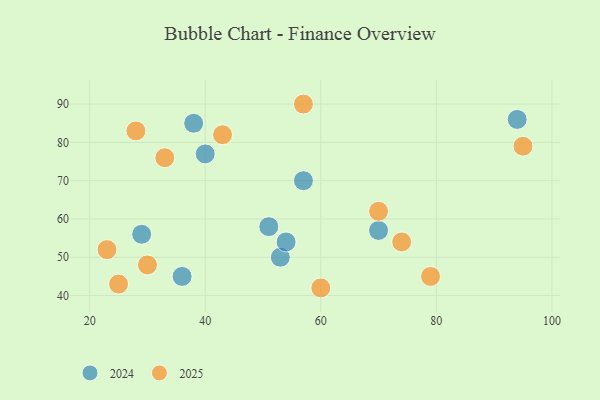
{"axis": {"x": "GDP", "y": "Life Expectancy"}, "legend": ["2024", "2025"], "data": [{"x": "70", "y": 62, "type": "2025"}, {"x": "25", "y": 43, "type": "2025"}, {"x": "74", "y": 54, "type": "2025"}, {"x": "28", "y": 83, "type": "2025"}, {"x": "95", "y": 79, "type": "2025"}, {"x": "43", "y": 82, "type": "2025"}, {"x": "33", "y": 76, "type": "2025"}, {"x": "30", "y": 48, "type": "2025"}, {"x": "60", "y": 42, "type": "2025"}, {"x": "57", "y": 90, "type": "2025"}, {"x": "23", "y": 52, "type": "2025"}, {"x": "79", "y": 45, "type": "2025"}, {"x": "53", "y": 50, "type": "2024"}, {"x": "51", "y": 58, "type": "2024"}, {"x": "70", "y": 57, "type": "2024"}, {"x": "29", "y": 56, "type": "2024"}, {"x": "38", "y": 85, "type": "2024"}, {"x": "40", "y": 77, "type": "2024"}, {"x": "57", "y": 70, "type": "2024"}, {"x": "94", "y": 86, "type": "2024"}, {"x": "36", "y": 45, "type": "2024"}, {"x": "54", "y": 54, "type": "2024"}]}